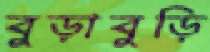
বুড়াবুড়ি